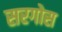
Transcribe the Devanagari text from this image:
सरगोस